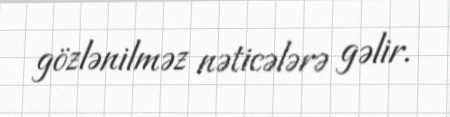
gözlənilməz nəticələrə gəlir.